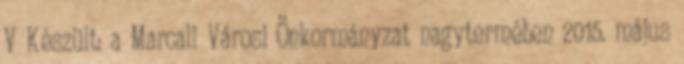
V Készült: a Marcali Városi Önkormányzat nagytermében 2015. május